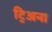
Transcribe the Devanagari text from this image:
ट्रिअना